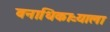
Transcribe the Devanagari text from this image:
वनाधिकाऱ्याला